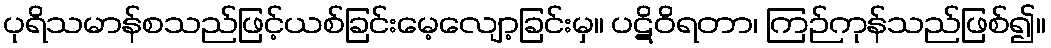
ပုရိသမာန်စသည်ဖြင့်ယစ်ခြင်းမေ့လျော့ခြင်းမှ။ ပဋိဝိရတာ၊ ကြဉ်ကုန်သည်ဖြစ်၍။